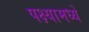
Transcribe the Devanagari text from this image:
पक्ष्यामध्ये